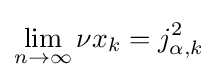
\lim _{n\to \infty }\nu x_{k}=j_{\alpha ,k}^{2}